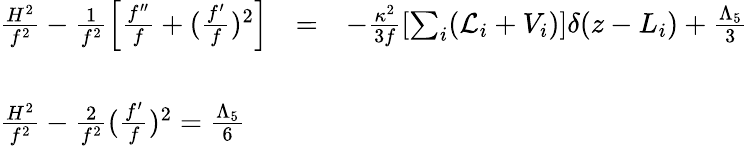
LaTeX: \begin{array}{lcc}{{\frac{H^{2}}{f^{2}}-\frac{1}{f^{2}}\left[\frac{f^{\prime\prime}}{f}+(\frac{f^{\prime}}{f})^{2}\right]}}&{{=}}&{{-\frac{\kappa^{2}}{3f}[\sum_{i}({\cal L}_{i}+V_{i})]\delta(z-L_{i})+\frac{\Lambda_{5}}{3}}}\\ {{}}&{{}}&{{}}\\ {{\frac{H^{2}}{f^{2}}-\frac{2}{f^{2}}(\frac{f^{\prime}}{f})^{2}=\frac{\Lambda_{5}}{6}}}\end{array}